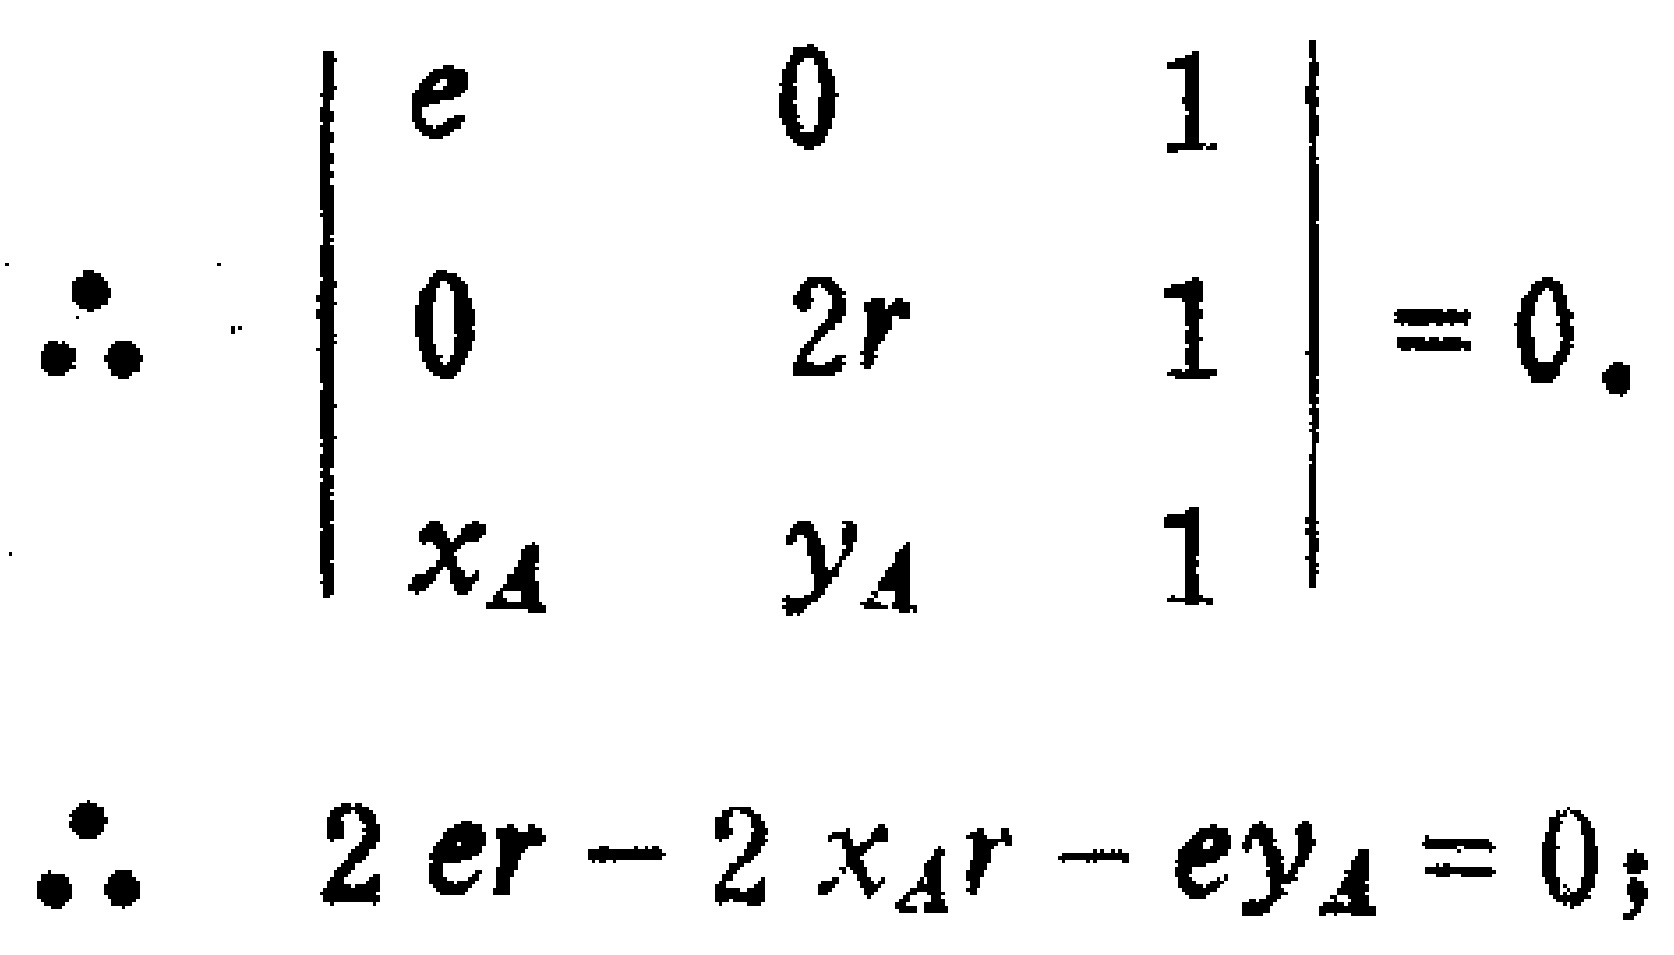
\[
\begin{align*}
\therefore\quad&\begin{vmatrix}
e&0&1\\
0&2r&1\\
x_A&y_A&1
\end{vmatrix}=0.\\
\therefore\quad& 2er - 2x_Ar - ey_A=0;
\end{align*}
\]